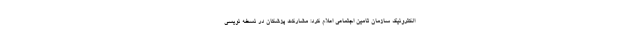
الکترونیک سازمان تامین اجتماعی اعلام کرد: مشارکت پزشکان در نسخه نویسی